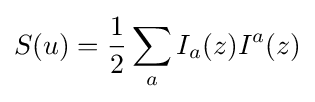
S(u)={\frac {1}{2}}\sum _{a}I_{a}(z)I^{a}(z)